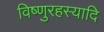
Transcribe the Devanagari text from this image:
विष्णुरहस्यादि